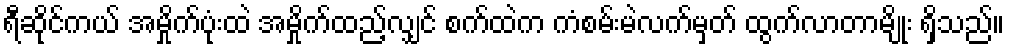
ရီဆိုင်ကယ် အမှိုက်ပုံးထဲ အမှိုက်ထည့်လျှင် စက်ထဲက ကံစမ်းမဲလက်မှတ် ထွက်လာတာမျိုး ရှိသည်။